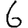
Digit: 6